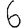
Digit: 6